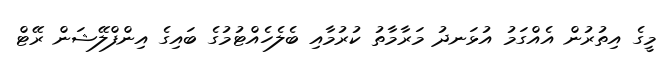
މީގެ އިތުރުން އެއްގަމު އުޅަނދު މަރާމާތު ކުރުމާއި ބެލެހެއްޓުމުގެ ބައިގެ އިންފްލޭޝަން ރޭޓް